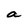
Character: a